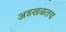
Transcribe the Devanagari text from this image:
अडखळतच